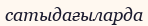
сатыдағыларда